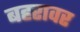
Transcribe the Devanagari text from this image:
बहरावर